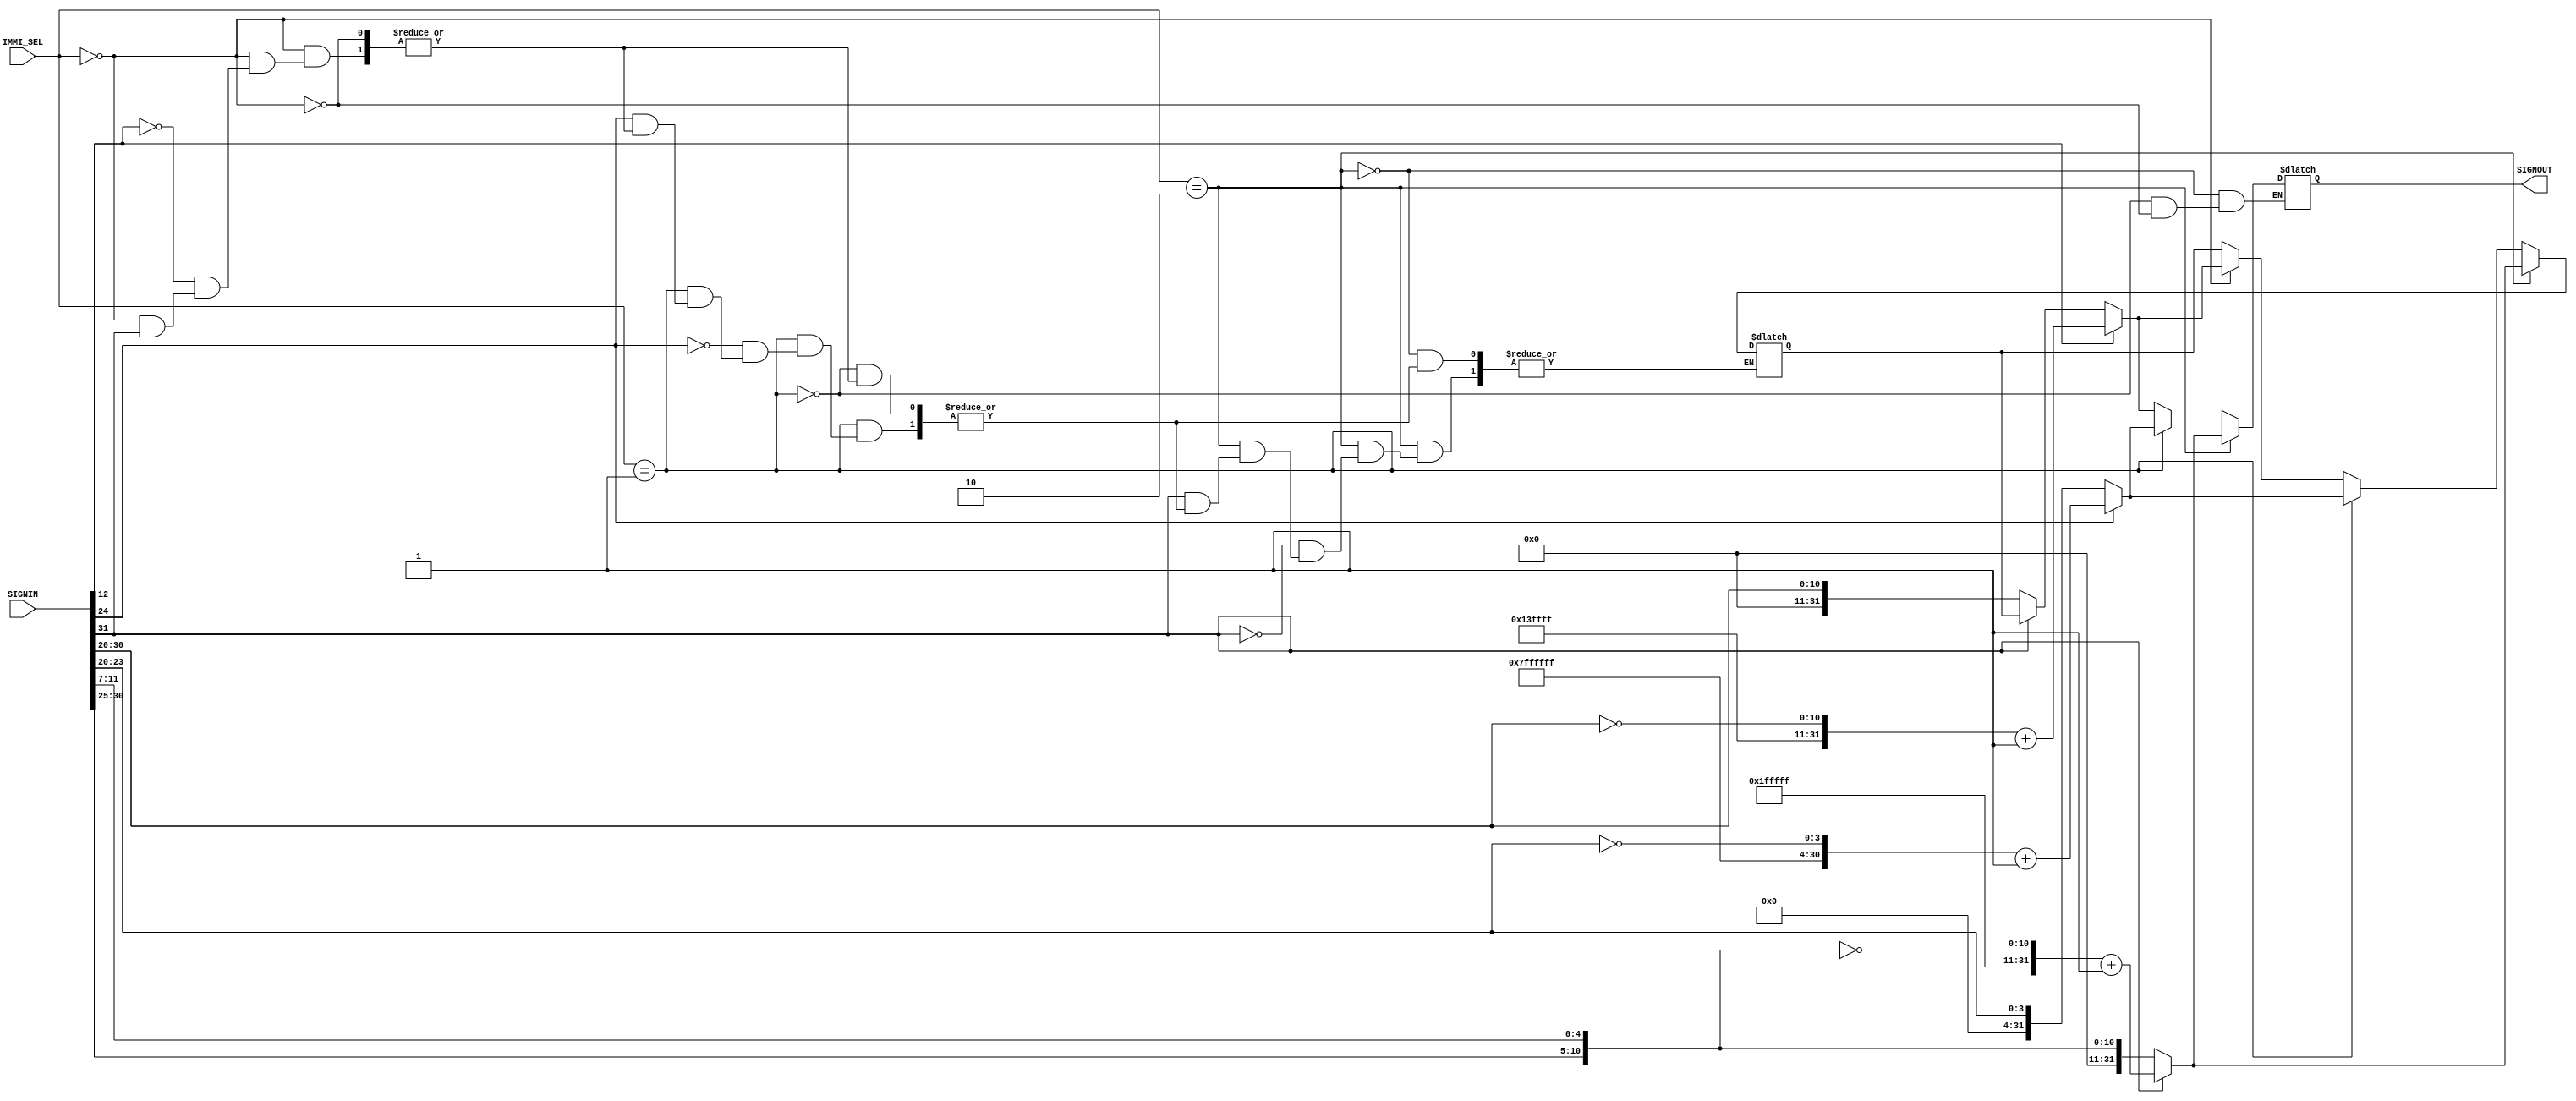
//sign extention
module sign(SIGNIN,IMMI_SEL,SIGNOUT);
//port declaration
input [31:0] SIGNIN;
input [2:0] IMMI_SEL;
output reg [31:0] SIGNOUT;
reg [31:0] SIGNHOLD;
reg [11:0] OFFSET;

always @(SIGNIN,IMMI_SEL) begin 


	if(IMMI_SEL == 3'b000) begin//i type**************************************************************
	#1
		if(SIGNIN[31]==1'b0) begin   //for positive in
			SIGNHOLD = {21'b00000000_00000000_00000,SIGNIN[31:20]};
		end
		if (SIGNIN[12]== 1'b1) begin  //for negative in
			SIGNHOLD[30:20] =~SIGNIN[30:20];
			
			SIGNHOLD = {1'b1,20'b11111111_11111111_11,SIGNHOLD[30:20]};
			SIGNHOLD = SIGNHOLD+ 1;
			
		end
		SIGNOUT   = SIGNHOLD ; //out the 2s complement
	end

	if(IMMI_SEL == 3'b001) begin//i shift type type******************************************************
	#1
		if(SIGNIN[24]==1'b0) begin   //for positive in
			SIGNHOLD = {27'b00000000_00000000_00000000_000,SIGNIN[24:20]};
		end
		if (SIGNIN[24]== 1'b1) begin  //for negative in
			SIGNHOLD[23:20] =~SIGNIN[23:20];
			
			SIGNHOLD = {1'b1,26'b11111111_11111111_11111111_11,SIGNHOLD[23:20]};
			SIGNHOLD = SIGNHOLD+ 1;
			
		end
		SIGNOUT   = SIGNHOLD;  //out the 2s complement
	end

	if(IMMI_SEL == 3'b010) begin//Branch type and store type**********************************************************************
	#1
		OFFSET = {SIGNIN[31:25],SIGNIN[11:7]};
		
		if(OFFSET[11]==1'b0) begin   //for positive in
			SIGNHOLD = {20'b00000000_00000000_0000,OFFSET[11:0]};
		end
		if (OFFSET[11]== 1'b1) begin  //for negative in
			OFFSET[10:0] =~OFFSET[10:0];
			
			SIGNHOLD = {1'b1,20'b11111111_11111111_1111,OFFSET[10:0]};
			SIGNHOLD = SIGNHOLD+ 1;
			
		end
		SIGNOUT   = SIGNHOLD; //out the 2s complement
	end
	
	
end	

endmodule